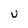
Character: U